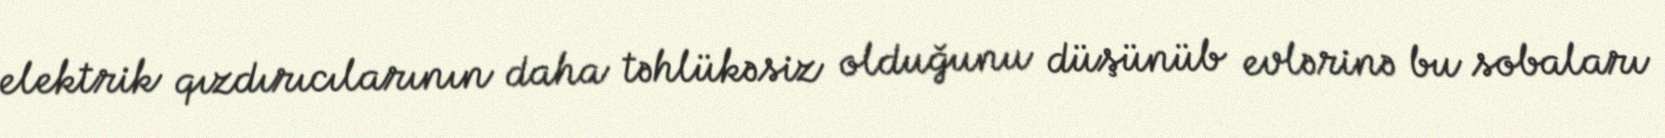
elektrik qızdırıcılarının daha təhlükəsiz olduğunu düşünüb evlərinə bu sobaları